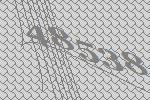
48538